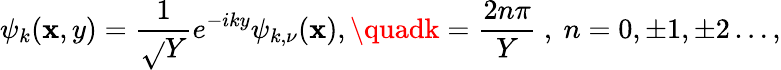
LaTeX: \psi_{k}(\mathbf{x},y)=\frac{{1}}{{\sqrt{}{{Y}}}}e^{-iky}\psi_{k,\nu}(\mathbf{x}),\quadk=\frac{{2n\pi}}{{Y}}~,~n=0,\pm1,\pm2\dots,